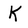
Character: K